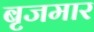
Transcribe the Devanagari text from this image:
बृजमार